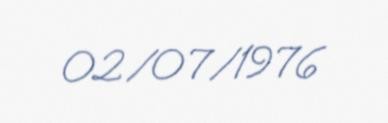
02/07/1976